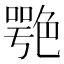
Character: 𦫩